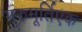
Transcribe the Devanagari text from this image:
गुरुमूर्तिएक